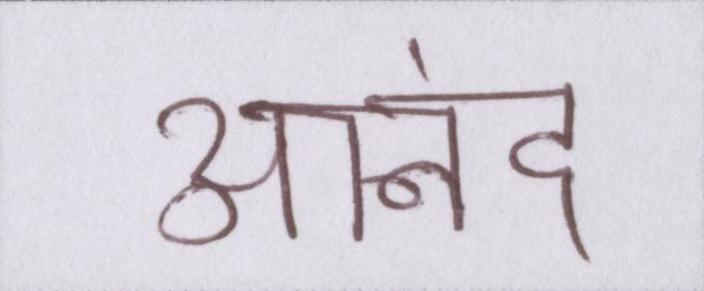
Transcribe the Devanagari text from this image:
आनंद